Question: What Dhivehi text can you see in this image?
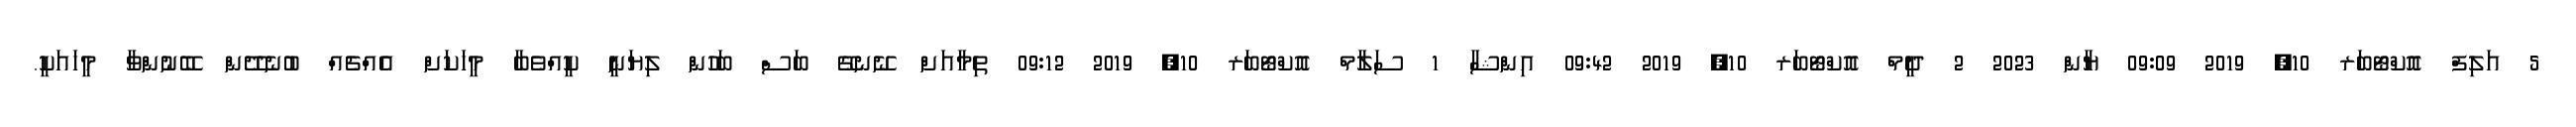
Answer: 5 އަލިފް އޮކްޓޯބަރ 10, 2019 09:09 ޔާން 2023 2 ދީމް އޮކްޓޯބަރ 10, 2019 09:42 އިންޝާ 1 ސަލާމް އޮކްޓޯބަރ 10, 2019 09:12 ތިމާއަށް ނޭނގޭ ބަސް ބަހުން ލިޔަނީ ކީއްވެބާ މީހަކަށް އެއްޗެއް ބުނެދޭން ބޭނުންވާ މީހައަކީ.